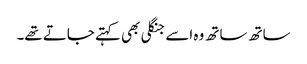
ساتھ ساتھ وہ اسے جنگلی بھی کہتے جاتے تھے۔